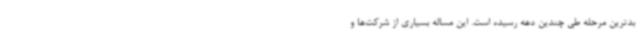
بدترین مرحله طی چندین دهه رسیده است. این مساله بسیاری از شرکت‌ها و